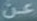
عن